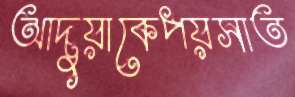
আদুয়াকেপয়সাত